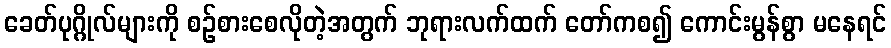
ခေတ်ပုဂ္ဂိုလ်များကို စဉ်စားစေလိုတဲ့အတွက် ဘုရားလက်ထက် တော်ကစ၍ ကောင်းမွန်စွာ မနေရင်